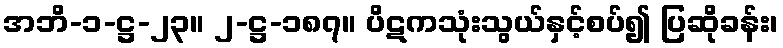
အဘိ-၁-ဋ္ဌ-၂၃။ ၂-ဋ္ဌ-၁၈၇။ ပိဋကသုံးသွယ်နှင့်စပ်၍ ပြဆိုခန်း၊